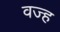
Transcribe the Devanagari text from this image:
वज्ह